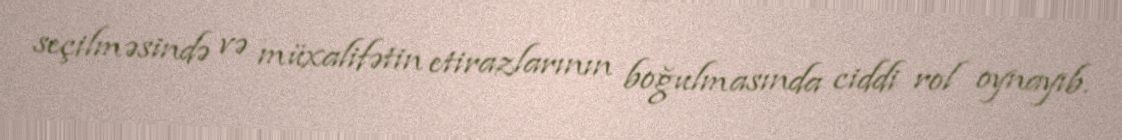
seçilməsində və müxalifətin etirazlarının boğulmasında ciddi rol oynayıb.